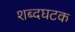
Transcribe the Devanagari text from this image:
शब्दघटक